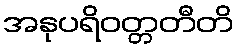
အနုပရိဝတ္တတီတိ